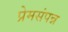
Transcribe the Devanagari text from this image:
प्रेमसंपन्न